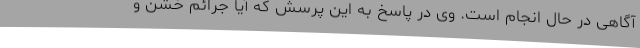
آگاهی در حال انجام است. وی در پاسخ به این پرسش که آیا جرائم خشن و